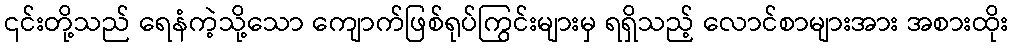
၎င်းတို့သည် ရေနံကဲ့သို့သော ကျောက်ဖြစ်ရုပ်ကြွင်းများမှ ရရှိသည့် လောင်စာများအား အစားထိုး